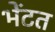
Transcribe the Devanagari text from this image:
भेंटत